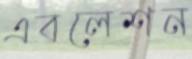
এবলেশন